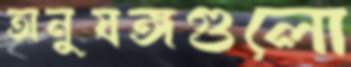
অনুষঙ্গগুলো